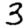
Digit: 3